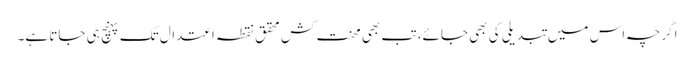
اگرچہ اس میں تبدیلی کی بھی جائے، تب بھی محنت کش محقق نقطہ اعتدال تک پہنچ ہی جاتا ہے۔